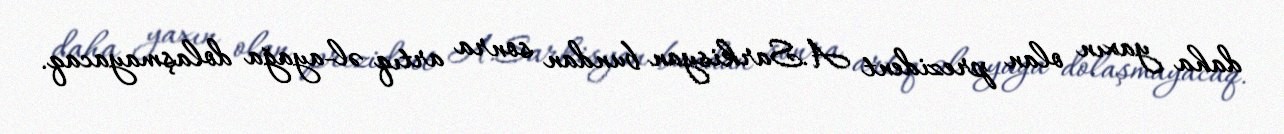
daha yaxın olan prezident A.Sarkisyan bundan sonra artıq əl-ayağa dolaşmayacaq.